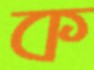
ক